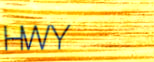
HWY